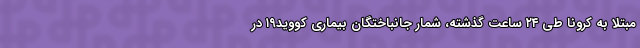
مبتلا به کرونا طی ۲۴ ساعت گذشته، شمار جانباختگان بیماری کووید۱۹ در